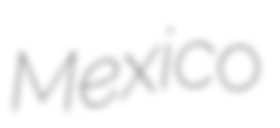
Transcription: Mexico